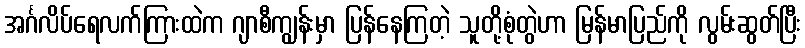
အင်္ဂလိပ်ရေလက်ကြားထဲက ဂျာစီကျွန်းမှာ ပြန်နေကြတဲ့ သူတို့စုံတွဲဟာ မြန်မာပြည်ကို လွမ်းဆွတ်ပြီး